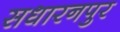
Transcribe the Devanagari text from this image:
सधारनपुर